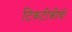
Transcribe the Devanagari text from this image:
टिकटीकीची